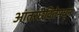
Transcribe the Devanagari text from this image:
आंतरछेदितेमधून